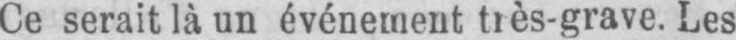
Ce serait là un événement très-grave. Les